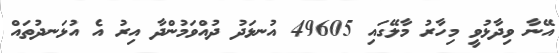
އޭނާ ވިދާޅުވީ މިހާރު މާލޭގައި 49605 އުނޅަދު ދުއްވަމުންދާ އިރު އެ އުޅަނދުތައް